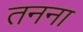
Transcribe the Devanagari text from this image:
तनना